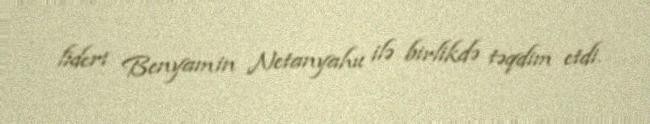
lideri Benyamin Netanyahu ilə birlikdə təqdim etdi.